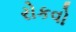
રોકવો